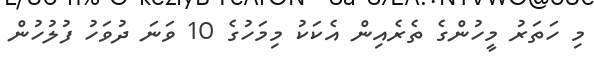
މި ހަތަރު މީހުންގެ ތެރެއިން އެކަކު މިމަހުގެ 10 ވަނަ ދުވަހު ފުލުހުން